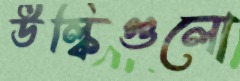
উল্কিগুলো